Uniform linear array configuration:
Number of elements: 24
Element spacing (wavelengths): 0.25
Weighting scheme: binomial
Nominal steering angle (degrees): -15
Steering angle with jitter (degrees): -16.328
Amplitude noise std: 0.05
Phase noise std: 0.05

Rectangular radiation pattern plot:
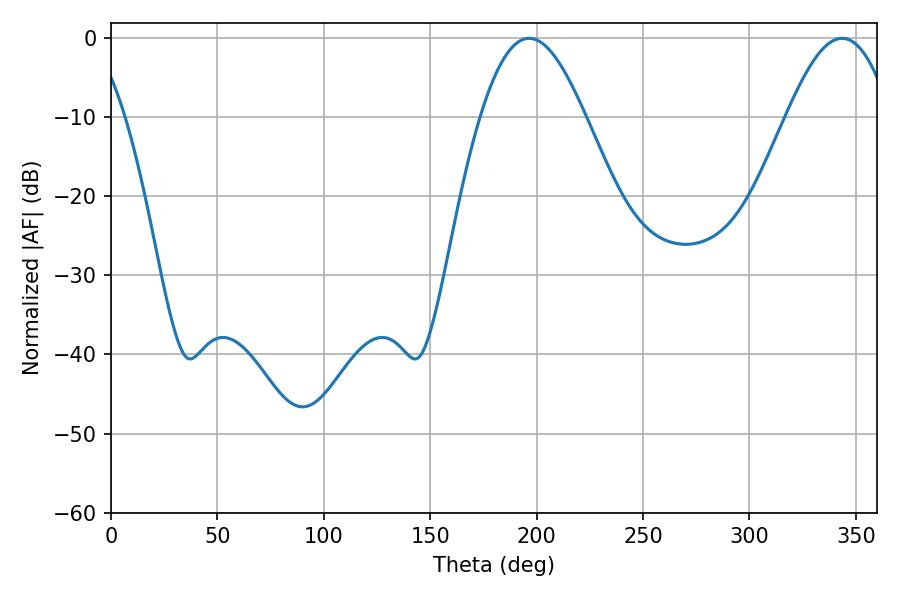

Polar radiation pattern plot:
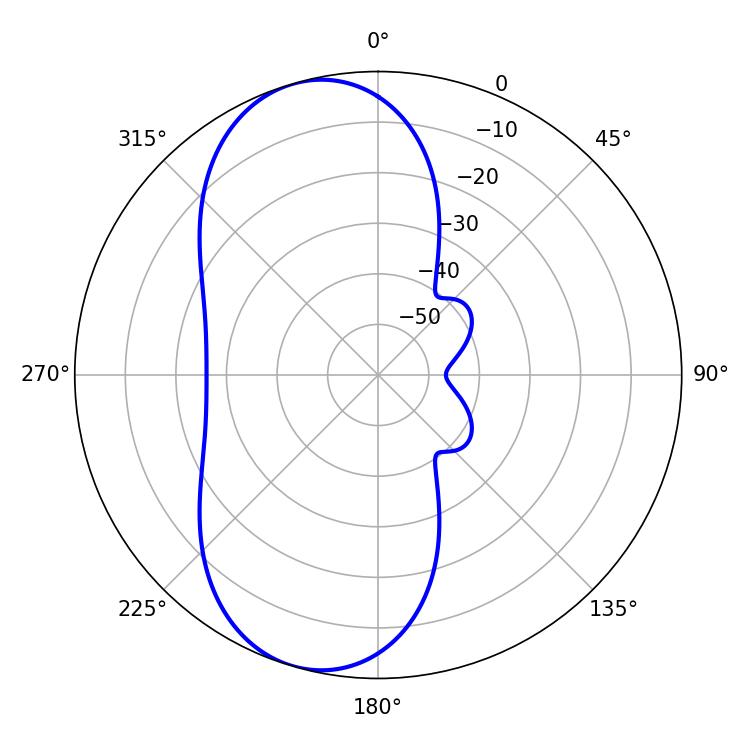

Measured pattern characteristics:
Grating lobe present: FALSE
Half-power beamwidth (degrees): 26.64
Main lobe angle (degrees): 196.38